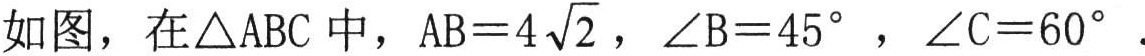
如图，在\(\triangle ABC\)中，\(AB = 4\sqrt{2}\)，\(\angle B = 45^{\circ}\)，\(\angle C = 60^{\circ}\).